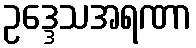
ဥဒ္ဒေသအရဏာ